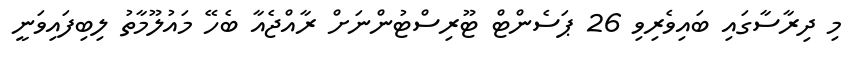
މި ދިރާސާގައި ބައިވެރިވި 26 ޕަސެންޓް ޓޫރިސްޓުންނަށް ރާއްޖެއާ ބެހޭ މައުލޫމާތު ލިބިފައިވަނީ